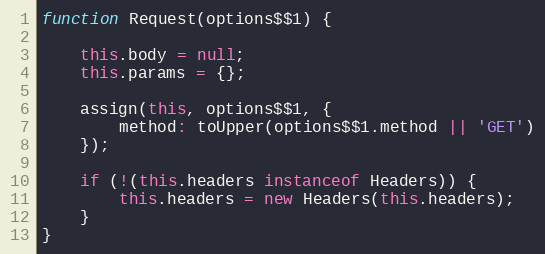
Language: JavaScript
function Request(options$$1) {

    this.body = null;
    this.params = {};

    assign(this, options$$1, {
        method: toUpper(options$$1.method || 'GET')
    });

    if (!(this.headers instanceof Headers)) {
        this.headers = new Headers(this.headers);
    }
}